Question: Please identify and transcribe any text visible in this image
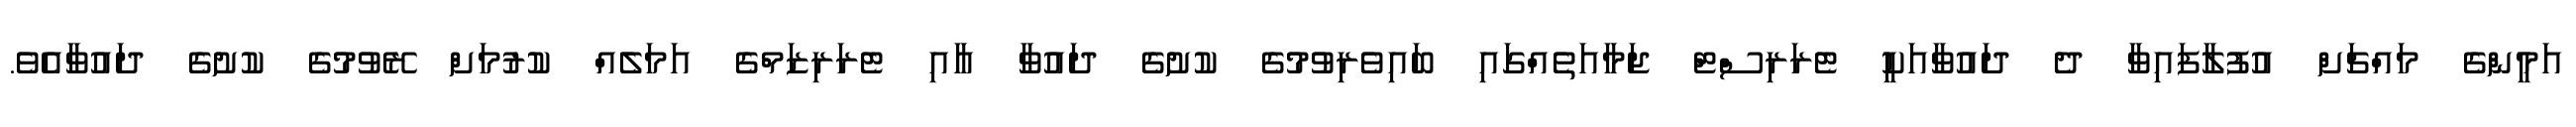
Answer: އަމީންގެ މައްޗަށް އުފުލާފައިވާ ދެ ދައުވާއަކީ ޓެރަރިސްޓް ޖަމާއަތެއްގައި ބައިވެރިވުމުގެ ކުށުގެ ދައުވާ އާއި ޓެރަރިޒަމްގެ އަމަލެއް ކުރުމަށް ރޭވުމުގެ ކުށުގެ ދައުވާއެވެ.